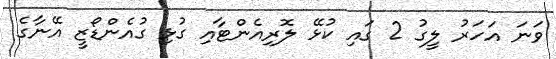
ވަނަ އަހަރު ލީގު 2 ގައި ކުޅޭ ލޮރިއެންޓާއި ގުޅި ގުއެންޑޯޒީ އޭނާގެ